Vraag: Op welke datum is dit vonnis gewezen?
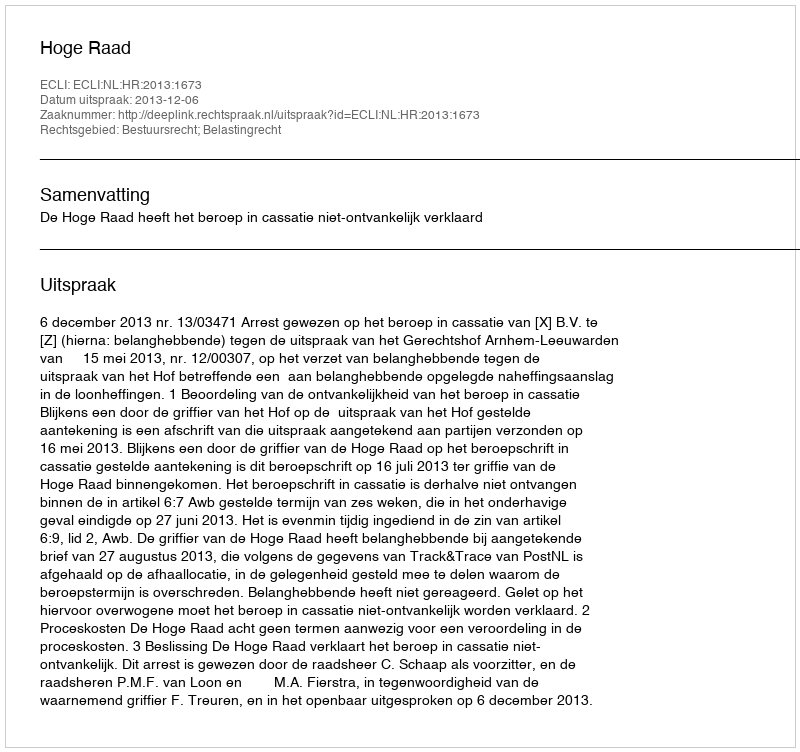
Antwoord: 2013-12-06